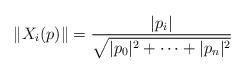
LaTeX: \begin{align*} \|X_i(p)\| = \frac{|p_i|}{\sqrt{|p_0|^2 + \cdots + |p_n|^2}}\end{align*}